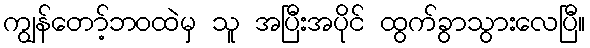
ကျွန်တော့်ဘဝထဲမှ သူ အပြီးအပိုင် ထွက်ခွာသွားလေပြီ။